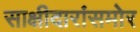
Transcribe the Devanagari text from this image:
साक्षीदारांसमोर